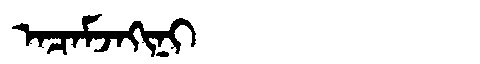
Manchu: ᠠᠴᠠᠮᠵᠠᡴᡳᠨᡳ
Romanization: ACAMJAKINI